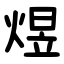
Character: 煜